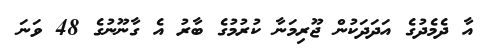
އާ ދެމެދުގެ އަދަދަކުން ޖޫރިމަނާ ކުރުމުގެ ބާރު އެ ގާނޫނުގެ 48 ވަނަ